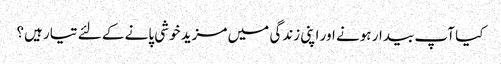
کیا آپ بیدار ہونے اور اپنی زندگی میں مزید خوشی پانے کے لئے تیار ہیں؟